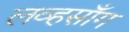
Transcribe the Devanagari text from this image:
लव्हसाँग